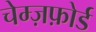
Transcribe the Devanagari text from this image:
चेम्ज़फ़ोर्ड